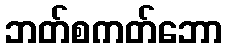
ဘတ်စကတ်ဘော